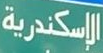
الإسكندرية